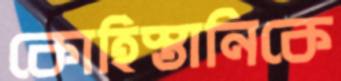
কোহিস্তানিকে